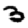
Digit: 3